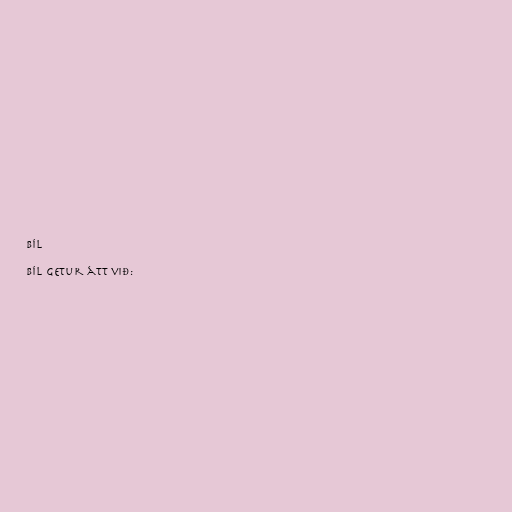
BÍL

BÍL getur átt við: